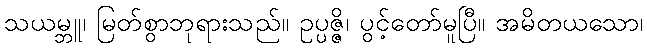
သယမ္ဘူ၊ မြတ်စွာဘုရားသည်။ ဥပ္ပဇ္ဇိ၊ ပွင့်တော်မူပြီ။ အမိတယသော၊